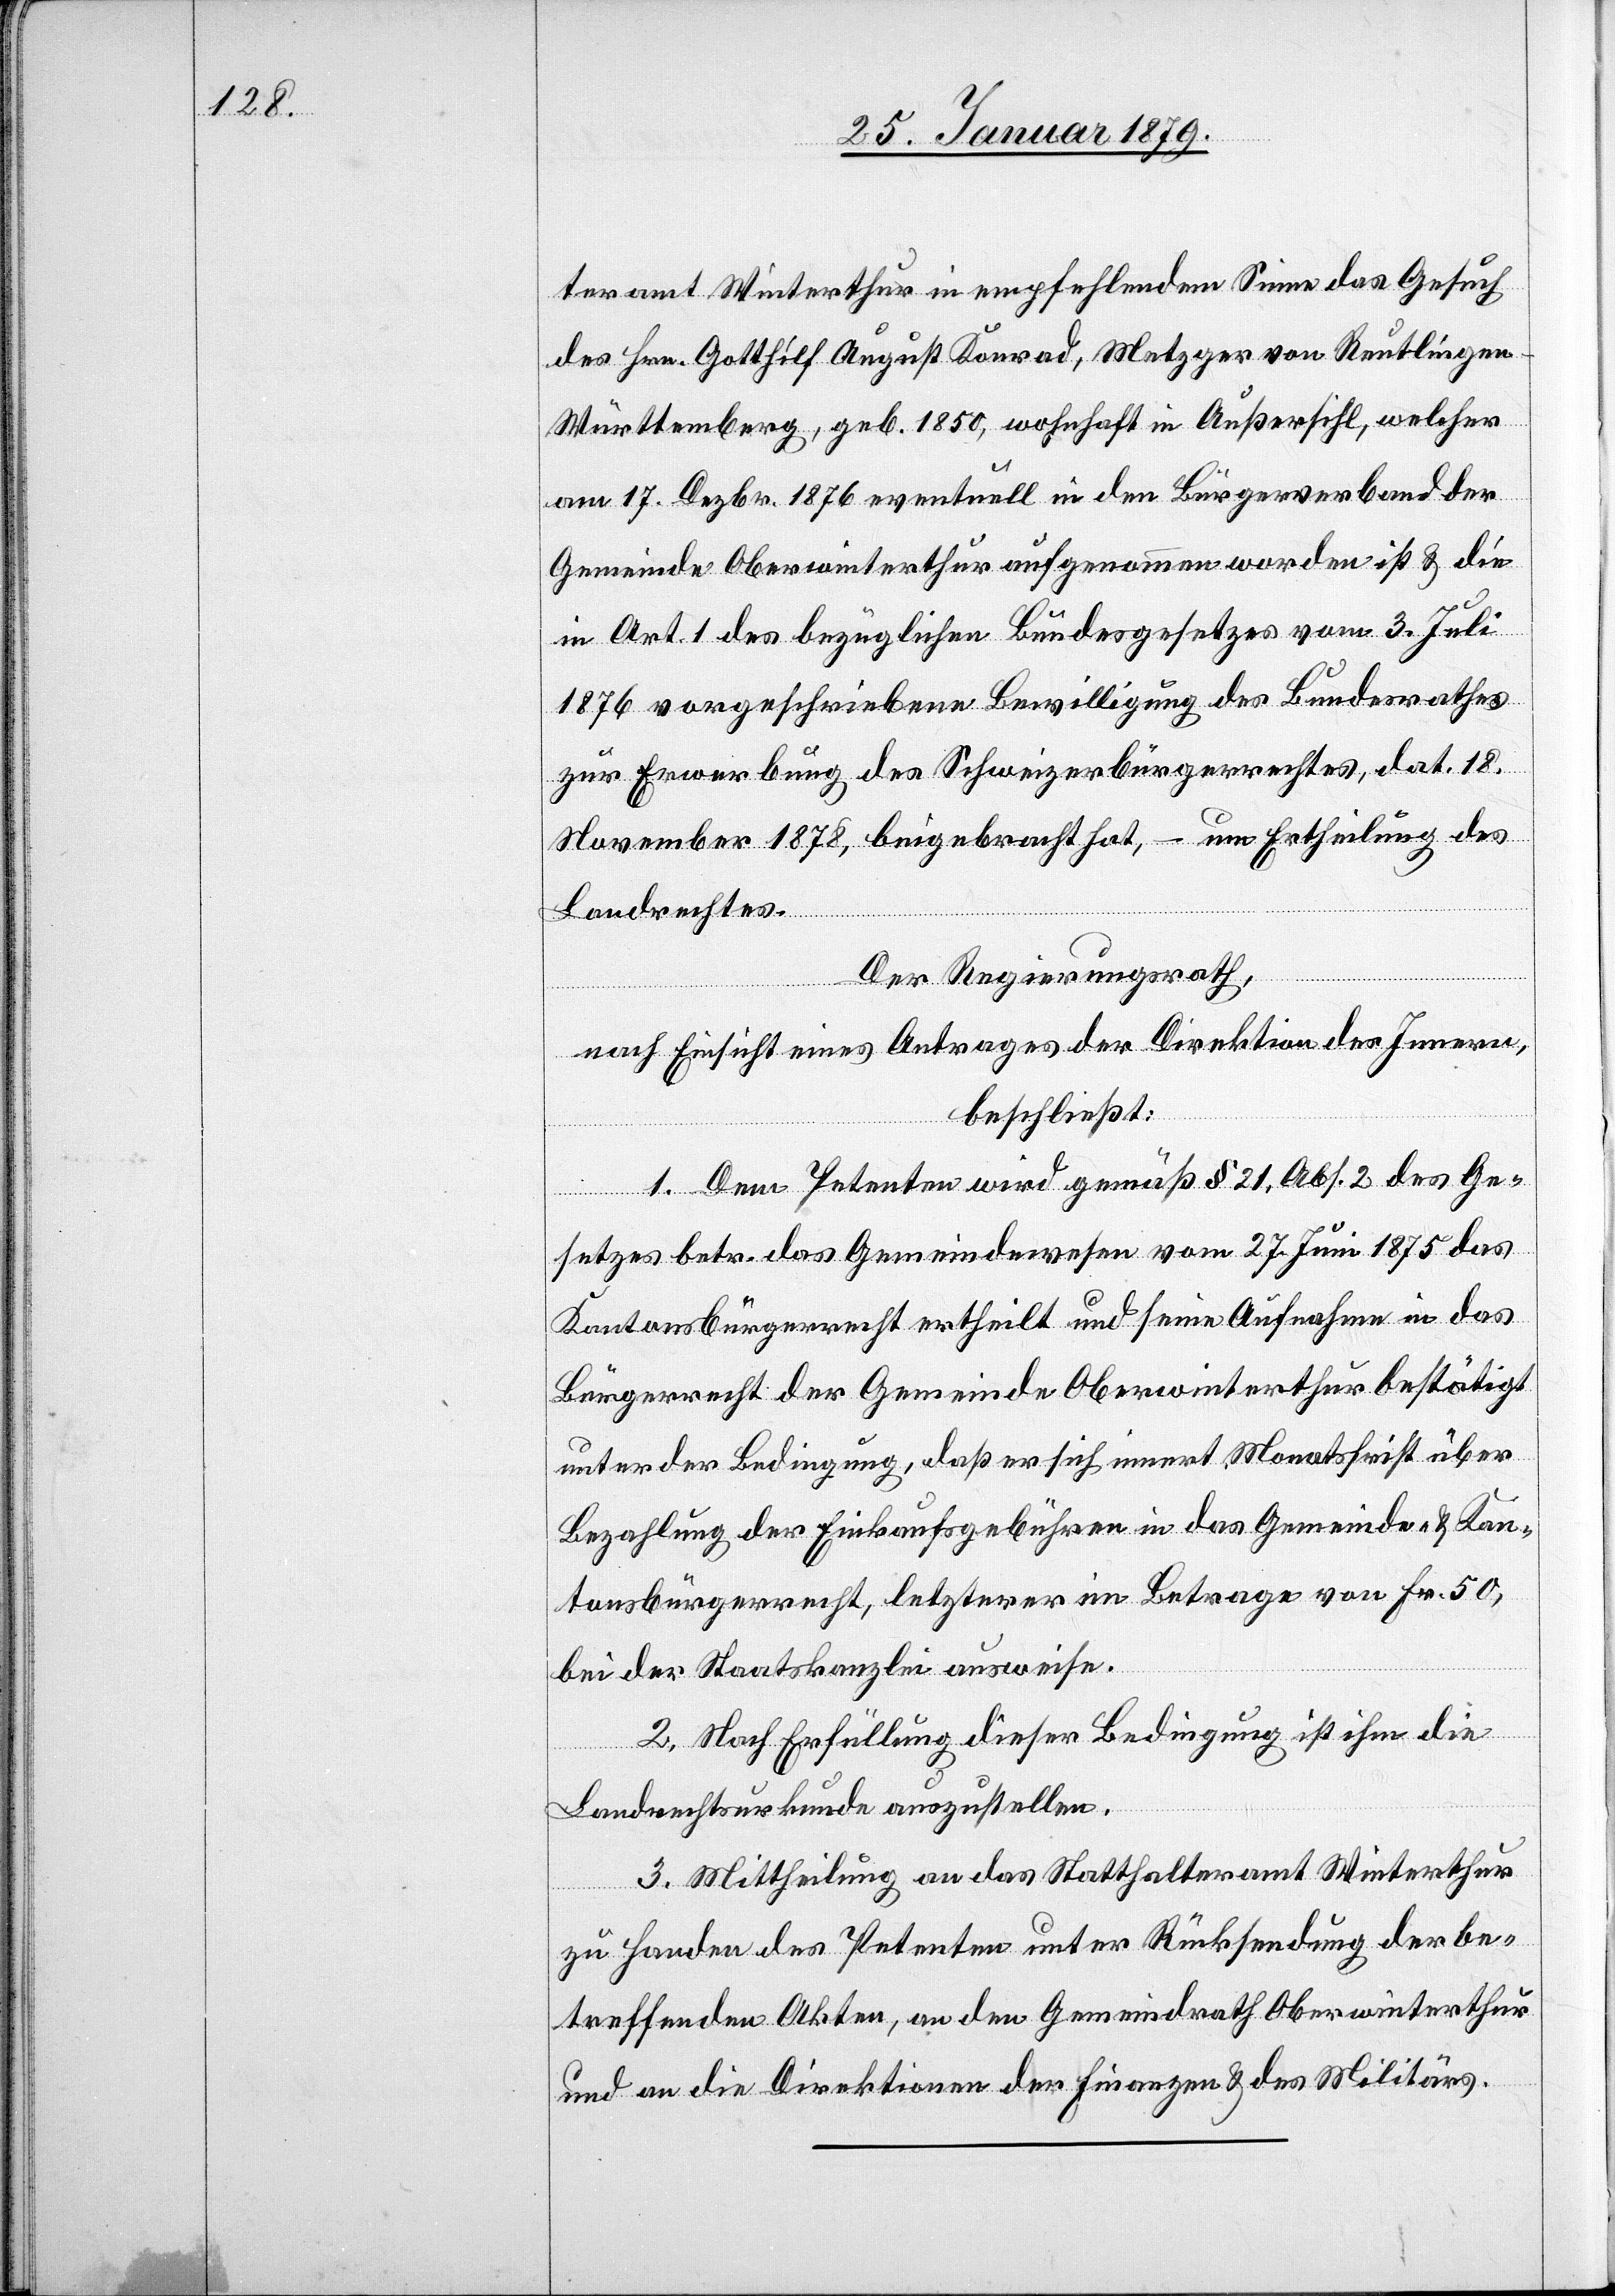
teramt Winterthur in empfehlendem Sinne das Gesuch
des Hrn. Gotthilf August Konrad, Metzger von Reutlingen
Württemberg, geb. 1850, wohnhaft in Außersihl, welcher
am 17. Dezbr. 1876 eventuell in den Bürgerverband der
Gemeinde Oberwinterthur aufgenommen worden ist & die
in Art. 1 des bezüglichen Bundesgesetzes vom 3. Juli
1876 vorgeschriebene Bewilligung des Bundesrathes
zur Erwerbung des Schweizerbürgerrechtes, dat. 18.
November 1878, beigebracht hat, – um Ertheilung des
Landrechtes.
Der Regierungsrath,
nach Einsicht eines Antrages der Direktion des Innern,
beschließt:
1. Dem Petenten wird gemäß § 21, Abs. 2 des Ge¬
setzes betr. das Gemeindewesen vom 27. Juni 1875 das
Kantonsbürgerrecht ertheilt und seine Aufnahme in das
Bürgerrecht der Gemeinde Oberwinterthur bestätigt
unter der Bedingung, daß er sich innert Monatsfrist über
Bezahlung der Einkaufsgebühren in das Gemeinde- & Kan¬
tonsbürgerrecht, letzterer [sic!] im Betrage von Fr. 50,
bei der Staatskanzlei ausweise.
2. Nach Erfüllung dieser Bedingung ist ihm die
Landrechtsurkunde auszustellen.
3. Mittheilung an das Statthalteramt Winterthur
zu Handen des Petenten unter Rücksendung der be¬
treffenden Akten, an den Gemeindrath Oberwinterthur
und an die Direktionen der Finanzen & des Militärs.